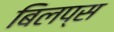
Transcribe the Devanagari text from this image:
बिलप्स